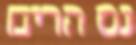
נס הרים